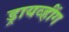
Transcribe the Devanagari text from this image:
ड्रायव्हींग